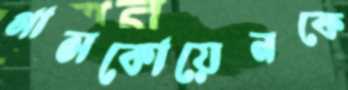
গাসকোয়েনকে